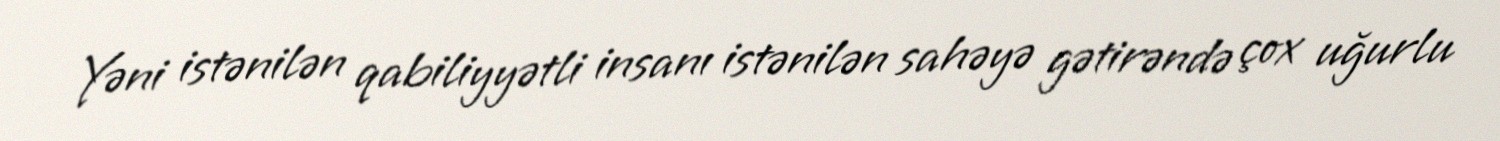
Yəni istənilən qabiliyyətli insanı istənilən sahəyə gətirəndə çox uğurlu